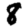
Digit: 8